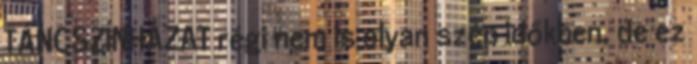
TÁNCSZÍNHÁZAT régi nem is olyan szép időkben, de ez